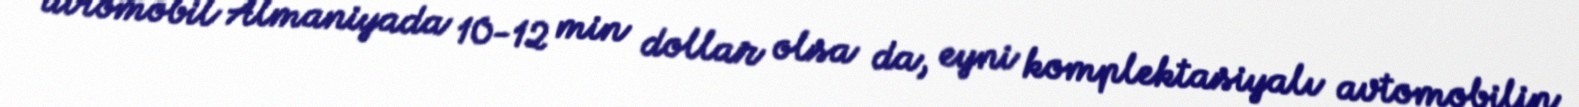
avtomobil Almaniyada 10-12 min dollar olsa da, eyni komplektasiyalı avtomobilin